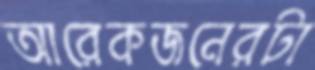
আরেকজনেরটা